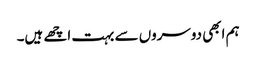
ہم ابھی دوسروں سے بہت اچھے ہیں۔